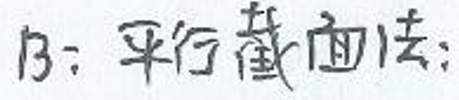
B: 平行截面法；